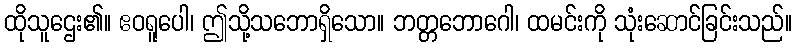
ထိုသူဌေး၏။ ဧဝရူပေါ၊ ဤသို့သဘောရှိသော။ ဘတ္တဘောဂေါ၊ ထမင်းကို သုံးဆောင်ခြင်းသည်။